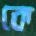
কে